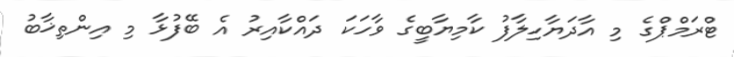
ޓްރަމްޕްގެ މި އާދަޔާހިލާފު ކާމިޔާބީގެ ވާހަކަ ދައްކާއިރު އެ ބޭފުޅާ މި އިންތިޚާބު